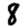
Digit: 8